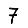
Digit: 7